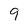
Character: 9